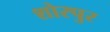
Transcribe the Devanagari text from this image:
शोरपुर